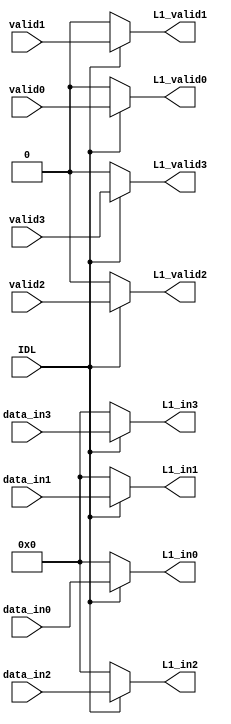
module recirculacion(	
			input IDL,
			input [7:0] data_in0,
			input valid0,
			input [7:0] data_in1,
			input valid1,
			input [7:0] data_in2,
			input valid2,
			input [7:0] data_in3,
			input valid3,
			output reg [7:0] L1_in0,
			output reg L1_valid0,
			output reg [7:0] L1_in1,
			output reg L1_valid1,
			output reg [7:0] L1_in2,
			output reg L1_valid2,
			output reg [7:0] L1_in3,
			output reg L1_valid3
		);

	always @(*) begin
		if (IDL == 0) begin
			L1_in0 = 0;
			L1_valid0 = 0;
			L1_in1 = 0;
			L1_valid1 = 0;
			L1_in2 = 0;
			L1_valid2 = 0;
			L1_in3 = 0;
			L1_valid3 = 0;
		end
		else begin
			L1_in0 = data_in0;
			L1_valid0 = valid0;
			L1_in1 = data_in1;
			L1_valid1 = valid1;
			L1_in2 = data_in2;
			L1_valid2 = valid2;
			L1_in3 = data_in3;
			L1_valid3 = valid3;
		end
	end
endmodule